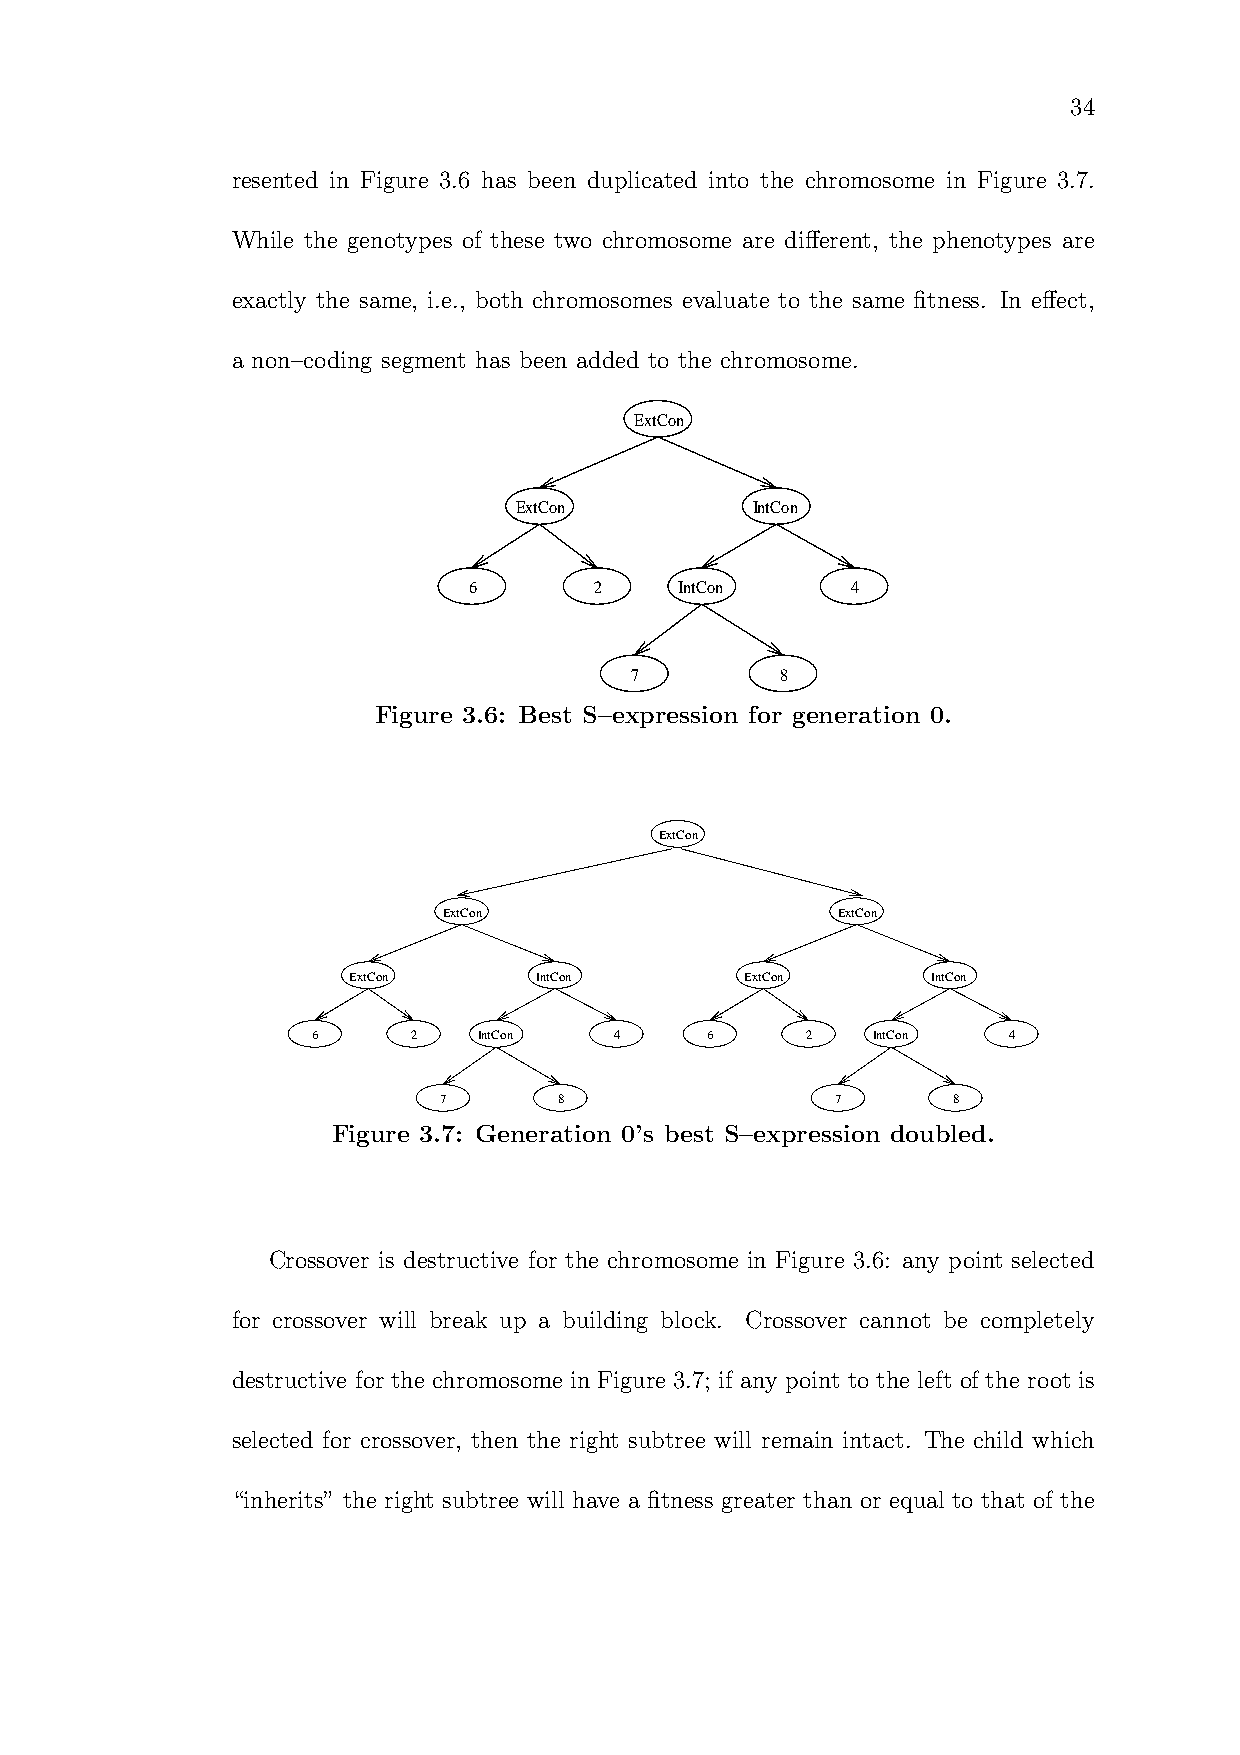
34
 resented in Figure 3.6 has been duplicated into the chromosome in Figure 3.7.
 While the genotypes of these two chromosome are different, the phenotypes are
 exactly the same, i.e., both chromosomes evaluate to the same fitness. In effect,
 a non–coding segment has been added to the chromosome.
 ExtCon
 ExtCon          IntCon
 6       2     IntCon     4
 7         8
 Figure 3.6: Best S–expression for generation 0.
 ExtCon
 ExtCon                    ExtCon
 ExtCon      IntCon        ExtCon       IntCon
 6     2    IntCon   4     6     2    IntCon   4
 7       8                 7       8
 Figure 3.7: Generation 0’s best S–expression doubled.
 Crossover is destructive for the chromosome in Figure 3.6: any point selected
 for crossover will break up a building block. Crossover cannot be completely
 destructive for the chromosome in Figure 3.7; if any point to the left of the root is
 selected for crossover, then the right subtree will remain intact. The child which
 “inherits” the right subtree will have a fitness greater than or equal to that of the